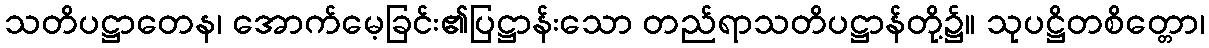
သတိပဋ္ဌာတေန၊ အောက်မေ့ခြင်း၏ပြဋ္ဌာန်းသော တည်ရာသတိပဋ္ဌာန်တို့၌။ သုပဋ္ဌိတစိတ္တော၊